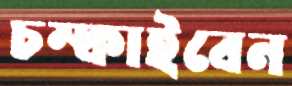
চম্‌কাইবেন